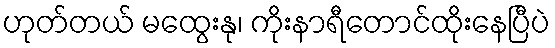
ဟုတ်တယ် မထွေးနု၊ ကိုးနာရီတောင်ထိုးနေပြီပဲ